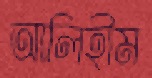
আলিহীম